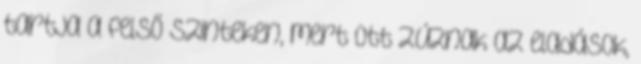
tartja a felső szinteken, mert ott zúznak az eladások,